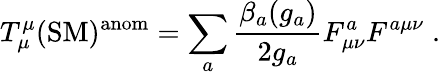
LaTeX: T_{\mu}^{\mu}(\mathrm{SM})^{\mathrm{anom}}=\sum_{a}\frac{\beta_{a}(g_{a})}{2g_{a}}F_{\mu\nu}^{a}F^{a\mu\nu}\; .